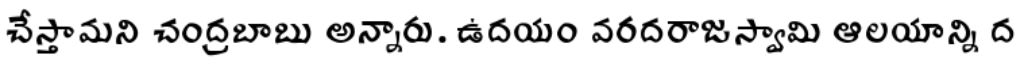
చేస్తామని చంద్రబాబు అన్నారు. ఉదయం వరదరాజస్వామి ఆలయాన్ని ద